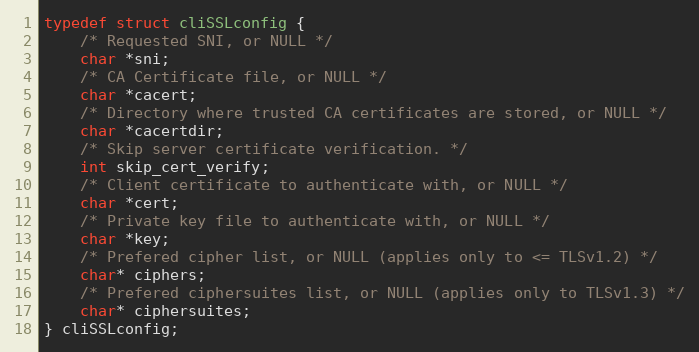
Language: C
typedef struct cliSSLconfig {
    /* Requested SNI, or NULL */
    char *sni;
    /* CA Certificate file, or NULL */
    char *cacert;
    /* Directory where trusted CA certificates are stored, or NULL */
    char *cacertdir;
    /* Skip server certificate verification. */
    int skip_cert_verify;
    /* Client certificate to authenticate with, or NULL */
    char *cert;
    /* Private key file to authenticate with, or NULL */
    char *key;
    /* Prefered cipher list, or NULL (applies only to <= TLSv1.2) */
    char* ciphers;
    /* Prefered ciphersuites list, or NULL (applies only to TLSv1.3) */
    char* ciphersuites;
} cliSSLconfig;